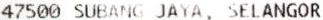
47500 SUBANG JAYA, SELANGOR